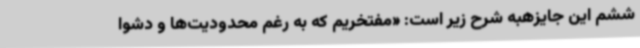
ششم این جایزهبه شرح زیر است: «مفتخریم که به رغم محدودیت‌ها و دشوا